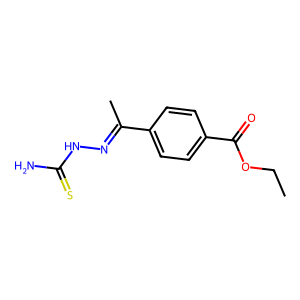
SMILES: CCOC(=O)c1ccc(C(C)=NNC(N)=S)cc1
Inhibits HIV replication: No